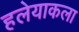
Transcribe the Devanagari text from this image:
हलेयाकला